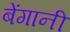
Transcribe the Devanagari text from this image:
बेंगानी